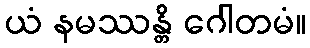
ယံ နမဿန္တိ ဂေါတမံ။